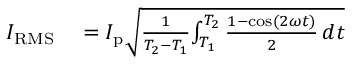
\begin{array} { r l } { I _ { \mathrm { R M S } } } & { { } = I _ { \mathrm { p } } { \sqrt { { \frac { 1 } { T _ { 2 } - T _ { 1 } } } { \int _ { T _ { 1 } } ^ { T _ { 2 } } { \frac { 1 - \cos ( 2 \omega t ) } { 2 } } \, d t } } } } \end{array}